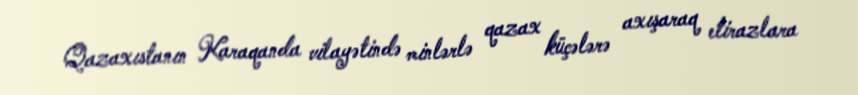
Qazaxıstanın Karaqanda vilayətində minlərlə qazax küçələrə axışaraq etirazlara